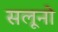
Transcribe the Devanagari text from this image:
सलूनो